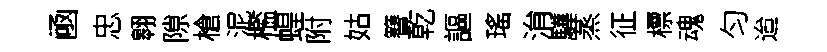
凾忠翱隙槍泥檻蝗附姑簮乾謳瑤㳙驊蒸征標魂匀迨